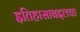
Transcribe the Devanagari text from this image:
इतिहासाबद्दलचा